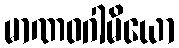
မာဏဝဂါမိယော